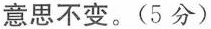
意思不变。(5 分)